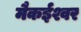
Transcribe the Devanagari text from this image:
मैकईश्वर